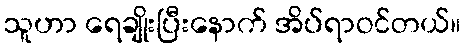
သူဟာ ရေချိုးပြီးနောက် အိပ်ရာဝင်တယ်။